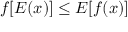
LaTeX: f [ E ( x ) ] \leq E [ f ( x ) ]